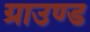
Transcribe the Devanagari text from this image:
ग्राउण्‍ड